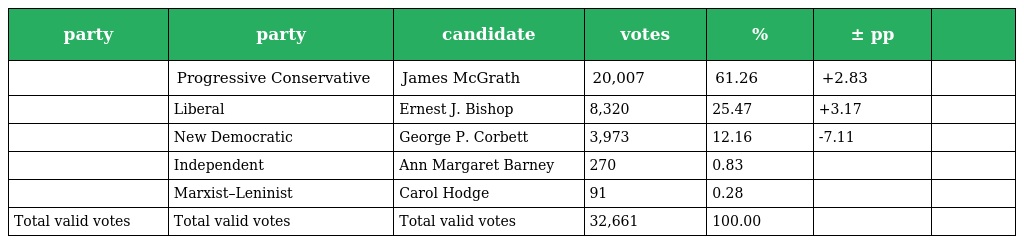
| party | party | candidate | votes | % | ± pp |  |
 | --- | --- | --- | --- | --- | --- | --- |
 |  | Progressive Conservative | James McGrath | 20,007 | 61.26 | +2.83 |  |
 |  | Liberal | Ernest J. Bishop | 8,320 | 25.47 | +3.17 |  |
 |  | New Democratic | George P. Corbett | 3,973 | 12.16 | -7.11 |  |
 |  | Independent | Ann Margaret Barney | 270 | 0.83 |  |  |
 |  | Marxist–Leninist | Carol Hodge | 91 | 0.28 |  |  |
 | Total valid votes | Total valid votes | Total valid votes | 32,661 | 100.00 |  |  |